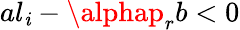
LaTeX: al_{\mathit{i}}-\alphap_{r}b<0